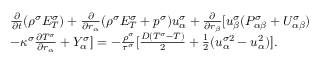
\begin{array} { r } { \begin{array} { r l } & { \frac { \partial } { \partial t } ( \rho ^ { \sigma } E _ { T } ^ { \sigma } ) + \frac { \partial } { \partial r _ { \alpha } } ( \rho ^ { \sigma } E _ { T } ^ { \sigma } + p ^ { \sigma } ) u _ { \alpha } ^ { \sigma } + \frac { \partial } { \partial r _ { \beta } } [ u _ { \beta } ^ { \sigma } ( P _ { \alpha \beta } ^ { \sigma } + U _ { \alpha \beta } ^ { \sigma } ) } \\ & { - \kappa ^ { \sigma } \frac { \partial T ^ { \sigma } } { \partial r _ { \alpha } } + Y _ { \alpha } ^ { \sigma } ] = - \frac { \rho ^ { \sigma } } { \tau ^ { \sigma } } [ \frac { D ( T ^ { \sigma } - T ) } { 2 } + \frac { 1 } { 2 } ( u _ { \alpha } ^ { \sigma 2 } - u _ { \alpha } ^ { 2 } ) ] . } \end{array} } \end{array}